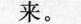
来。